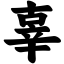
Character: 辜